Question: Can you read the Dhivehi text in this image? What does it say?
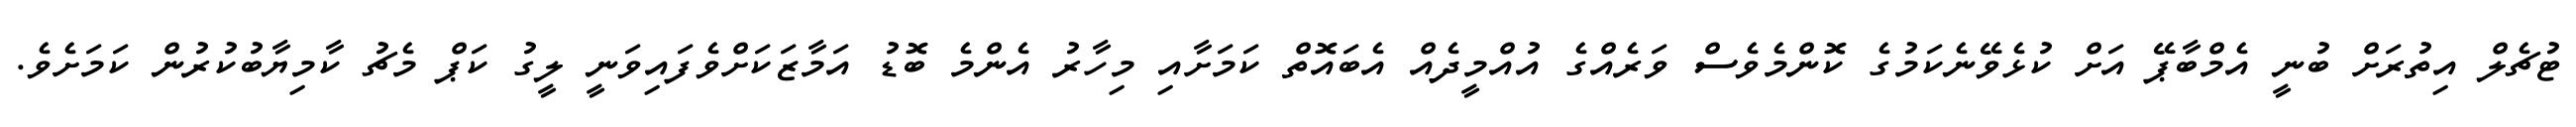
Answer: ޓުޗެލް އިތުރަށް ބުނީ އެމްބާޕޭ އަށް ކުޅެވޭނެކަމުގެ ކޮންމެވެސް ވަރެއްގެ އުއްމީދެއް އެބައޮތް ކަމަށާއި މިހާރު އެންމެ ބޮޑު އަމާޒަކަށްވެފައިވަނީ ލީގު ކަޕް މެޗު ކާމިޔާބުކުރުން ކަމަށެވެ.